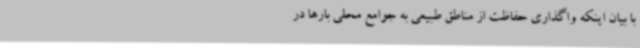
با بیان اینکه واگذاری حفاظت از مناطق طبیعی به جوامع محلی بارها در